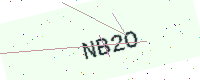
Text: NB2O